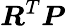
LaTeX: {\boldsymbol{R}}^{T}{\boldsymbol{P}}